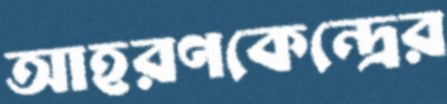
আহরণকেন্দ্রের